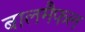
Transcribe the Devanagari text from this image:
बालमैफल